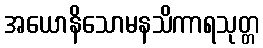
အယောနိသောမနသိကာရသုတ္တ